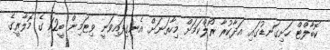
ކޮބާލްޓް ހަށިގަނޑުގައި އަދާކުރާ ރޯލްކަމަށް މިހާތަނަށް އެނގިފައިވަނީ ވިޓަމިން ބީ12 ގެ މޮލާރީގެ